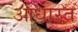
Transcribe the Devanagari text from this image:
आधारत